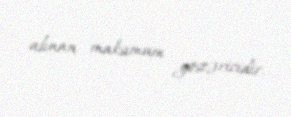
alınan maksimum göstəricidir.